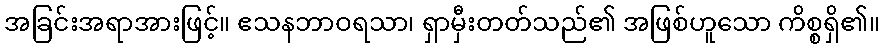
အခြင်းအရာအားဖြင့်။ ဧသနဘာဝရသာ၊ ရှာမှီးတတ်သည်၏ အဖြစ်ဟူသော ကိစ္စရှိ၏။